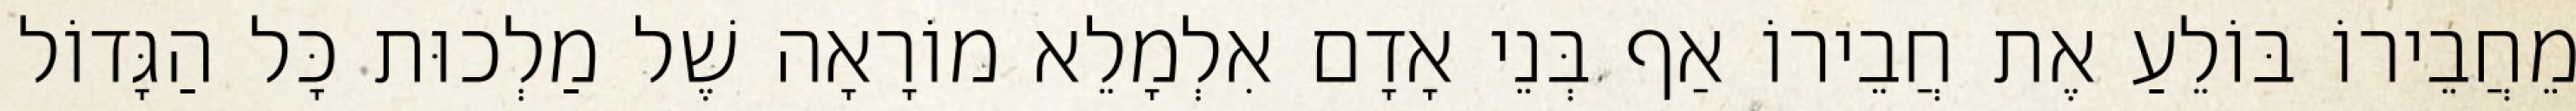
מֵחֲבֵירוֹ בּוֹלֵעַ אֶת חֲבֵירוֹ אַף בְּנֵי אָדָם אִלְמָלֵא מוֹרָאָה שֶׁל מַלְכוּת כָּל הַגָּדוֹל